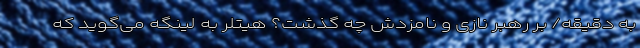
به دقیقه/ بر رهبر نازی‌ و نامزدش چه گذشت؟ هیتلر به لینگه می‌گوید که